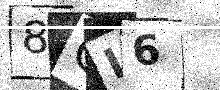
Text: 8CI6